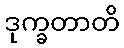
ဒုက္ခတာတိ